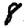
Digit: 8